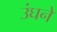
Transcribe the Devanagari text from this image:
उंघने